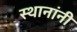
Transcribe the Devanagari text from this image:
स्थानांनी